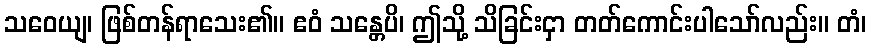
သဝေယျ၊ ဖြစ်တန်ရာသေး၏။ ဧဝံ သန္တေပိ၊ ဤသို့ သိခြင်းငှာ တတ်ကောင်းပါသော်လည်း။ တံ၊